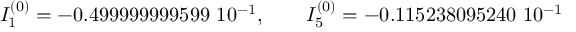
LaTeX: I _ { 1 } ^ { ( 0 ) } = - 0 . 4 9 9 9 9 9 9 9 9 5 9 9 \ 1 0 ^ { - 1 } , \qquad I _ { 5 } ^ { ( 0 ) } = - 0 . 1 1 5 2 3 8 0 9 5 2 4 0 \ 1 0 ^ { - 1 }